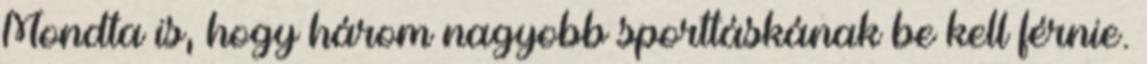
Mondta is, hogy három nagyobb sporttáskának be kell férnie.